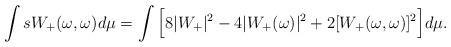
LaTeX: \begin{align*}\int s W_+(\omega , \omega ) d\mu = \int \Big[ 8 |W_+|^2 - 4 |W_+(\omega)|^2+ 2[W_+(\omega , \omega )]^2 \Big] d\mu .\end{align*}